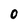
Character: 0